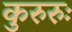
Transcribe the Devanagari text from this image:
कुरुरुः